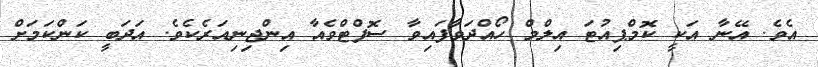
އެވެ. އޭނާ އަކީ ކޮމްޕިއުޓަ އިލްމް ހޯއްދަވާފައިވާ ސޮފްޓްވެއާ އިންޖިނިއަރެކެވެ. އަދަބީ ކަންކަމަށް